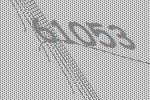
61053